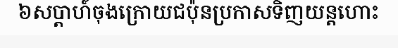
៦សប្តាហ៍ចុងក្រោយជប៉ុនប្រកាសទិញយន្តហោះ